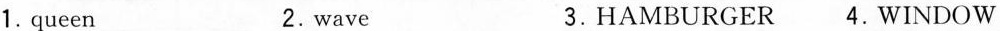
1.queen 2.wave 3.HAMBURGER 4.WINDOW